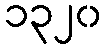
၁၃၂၀